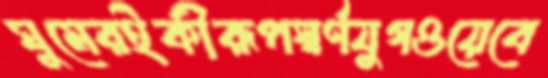
ঘুমেরইকীরূপস্বর্ণযুগওয়েবে